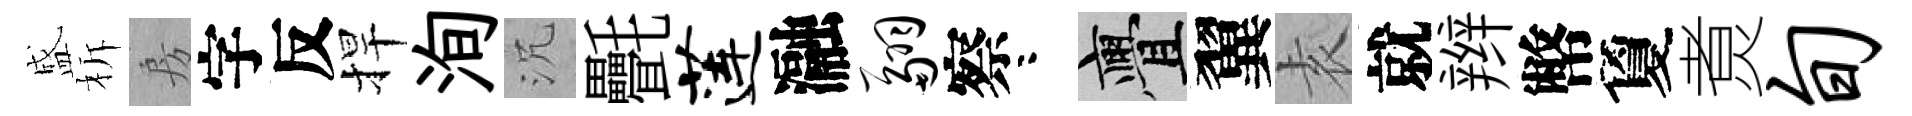
盛柝房字反捍洵沉㲲莲瀜翮察咯亹翼𡊮就辫幣夐煑旬